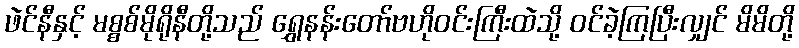
ဖဲင်နီနှင့် မစ္စစ်မိုရိုနီတို့သည် ရွှေနန်းတော်ဗဟိုဝင်းကြီးထဲသို့ ဝင်ခဲ့ကြပြီးလျှင် မိမိတို့